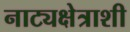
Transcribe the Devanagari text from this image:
नाट्यक्षेत्राशी